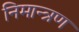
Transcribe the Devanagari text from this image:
निमान्त्रण